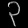
Digit: ၃